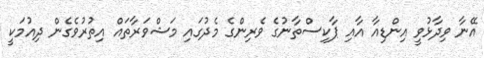
އޭނާ ވިދާޅުވީ އިންޑިއާ އާއި ޕާކިސްތާނުގެ ވެރިންގެ މެދުގައި މަޝްވަރާތައް އިތުރުވެގެން ދިއުމަކީ